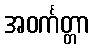
အဝင်္ကတ္တာ